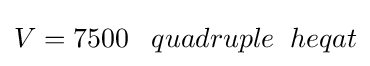
V=7500\;\;\;quadruple\;\;heqat